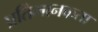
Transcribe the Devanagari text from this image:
प्रतिमानकता